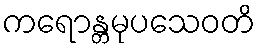
ကရောန္တမုပသေဝတိ